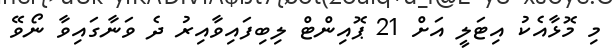
މި މޮޅާއެކު އިޓަލީ އަށް 21 ޕޮއިންޓް ލިބިފައިވާއިރު ދެ ވަނާގައިވާ ނޯވޭ